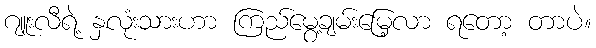
ဂျူးလီရဲ့ နှလုံးသားဟာ ကြည်မွေ့ချမ်းမြေ့လာ ရတော့ တာပဲ။